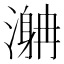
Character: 𣽯